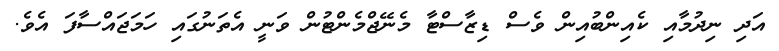
އަދި ނިދުމާއި ކެއިންބުއިން ވެސް ޑިޒާސްޓާ މެނޭޖްމެންޓުން ވަނީ އެތަނުގައި ހަމަޖައްސާފަ އެވެ.